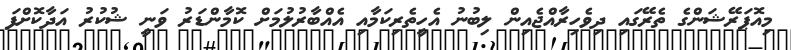
މިއޮޕަރޭޝަންގެ ތެރޭގައި ދިވެހިރާއްޖެއިން ލިބުނު އެހީތެރިކަމާއި އެއްބާރުލުމަށް ކޮމާންޑަރު ވަނީ ޝުކުރު އަދާކޮށްފަ